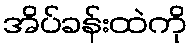
အိပ်ခန်းထဲကို